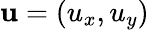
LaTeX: \textbf{u}=(u_{x},u_{y})